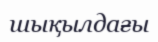
шықылдағы